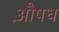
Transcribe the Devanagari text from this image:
औ़षध